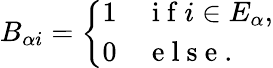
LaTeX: \begin{array}{r}{B_{\alpha i}=\left\{ \begin{array}{ll}{1}&{\mathrm{~i~f~}i\in E_{\alpha},}\\ {0}&{\mathrm{~e~l~s~e~.~}}\end{array}\right.}\end{array}